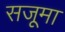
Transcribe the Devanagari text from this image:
सजूमा